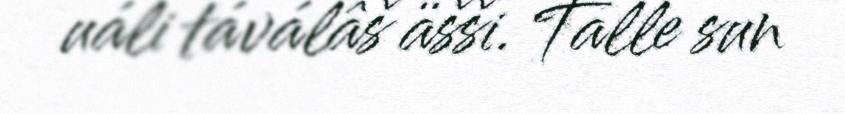
uáli táválâš äšši. Talle sun